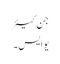
جَن کیئر
یو ایس ۔